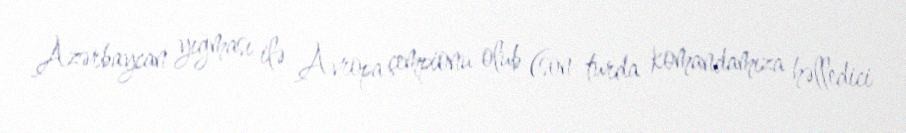
Azərbaycan yığması ilə Avropa çempionu olub (son turda komandamıza həlledici